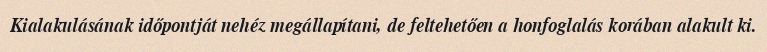
Kialakulásának időpontját nehéz megállapítani, de feltehetően a honfoglalás korában alakult ki.